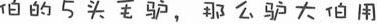
伯的5头毛驴，那么驴大伯用